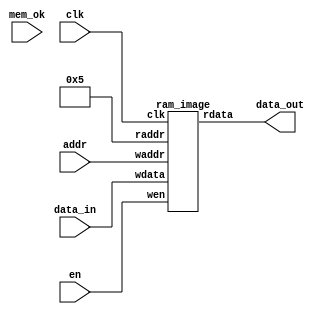
`timescale 1ns / 1ps
//////////////////////////////////////////////////////////////////////////////////
// Company: 
// Engineer: 
// 
// Design Name: 
// Module Name: wrapper
// Project Name: 
// Target Devices: 
// Tool Versions: 
// Description: 
// 
// Dependencies: 
// 
// Revision:
// Revision 0.01 - File Created
// Additional Comments:
// 
//////////////////////////////////////////////////////////////////////////////////

//`include "ram_image.v"
module wrapper
#(
    //wrapper
    parameter numWeightImg = 9, 
    parameter addressWidthPos = 11,
    parameter addressWidthImg=4, dataWidthImg= 16
)
(

    input clk,
    input en, 

    input [addressWidthImg-1:0] addr,

    input signed [dataWidthImg-1:0] data_in, 
    input mem_ok,
    output  [dataWidthImg-1:0] data_out
);
    

    reg en_w;
    wire [addressWidthImg-1:0] addr_w;
    wire signed [dataWidthImg-1:0] data_in_w;
    wire  [dataWidthImg-1:0] data_out_w;
    
    
    assign addr_w = addr;
    assign data_in_w = data_in;
    assign data_out = data_out_w;
        
    ram_image image( 
        .clk(clk),
        .wen(en),
        .waddr(addr_w),
        .raddr(4'd5),
        .wdata(data_in_w),
        .rdata(data_out_w)     
        
    );    
    
    always @(posedge clk)
    begin
        if (en & mem_ok)
        begin
            en_w <= 1;
        end
        else begin
            en_w <= 0; 
        end
    end     
    
    
    
    
    
    
    
endmodule












module ram_image
#(
    //memory image
    parameter numWeightImg = 9, 
    parameter addressWidthPos = 11,
    parameter addressWidthImg=4, dataWidthImg= 16
)
( 
    input clk,
    input wen,
    input [addressWidthImg-1:0] waddr,
    input [addressWidthImg-1:0] raddr,
    input signed [dataWidthImg-1:0] wdata,
    output signed [dataWidthImg-1:0] rdata     
    
);



    reg [dataWidthImg-1:0] ram[numWeightImg-1:0];    
    //wire [addressWidthImg-1:0] pos;
    
    initial
    begin
        ram[0] = 1;
        ram[1] = 1;
        ram[2] = 1;
        ram[3] = 1;
        ram[4] = 1;
        ram[5] = 1;
        ram[6] = 1;
        ram[7] = 1;
        ram[8] = 1;
    end    
  
    always @(posedge clk)
    begin
        if (wen)
        begin
            ram[waddr] <= wdata;
        end
    end 
    
    assign rdata = ram[raddr];

    
endmodule